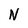
Character: N